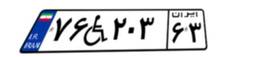
۷۶W۲۰۳۶۳